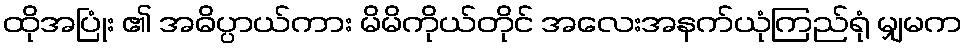
ထိုအပြုံး ၏ အဓိပ္ပာယ်ကား မိမိကိုယ်တိုင် အလေးအနက်ယုံကြည်ရုံ မျှမက